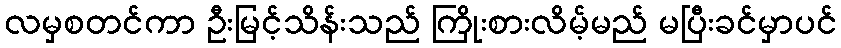
လမှစတင်ကာ ဦးမြင့်သိန်းသည် ကြိုးစားလိမ့်မည် မပြီးခင်မှာပင်